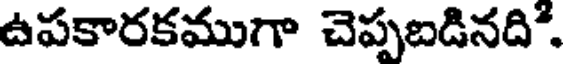
ఉపకారకముగా చెప్పబడినది.